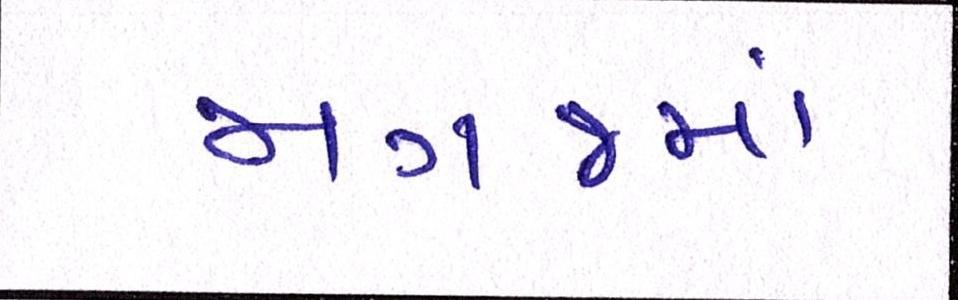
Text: મગજમાં